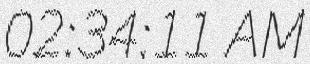
02:34:11 AM